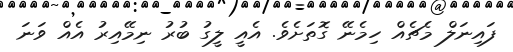
ފައިނަލް މެޗެއް ހިމެނޭ ގޮތަށެވެ. އެއީ ލީގު ބުރު ނިމޭއިރު އެއް ވަނަ